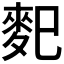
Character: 𪌄